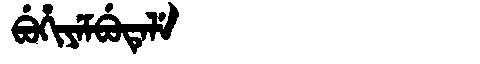
Manchu: ᠪᡠᡥᡳᠶᡝᠮᠪᡠᡨᡝᠯᡝ
Romanization: BUHIYEMBUTELE